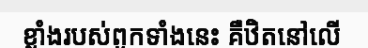
ខ្លាំងរបស់ពួកទាំងនេះ គឺឋិតនៅលើ